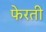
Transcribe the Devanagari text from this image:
फेरती